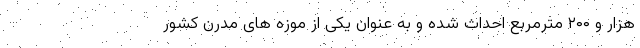
هزار و ۲۰۰ مترمربع احداث شده و به عنوان یکی از موزه های مدرن کشور